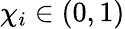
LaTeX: \chi_{i}\in(0,1)